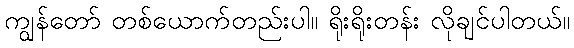
ကျွန်တော် တစ်ယောက်တည်းပါ။ ရိုးရိုးတန်း လိုချင်ပါတယ်။